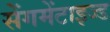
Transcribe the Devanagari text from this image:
सेंगमेंटाइज्ड